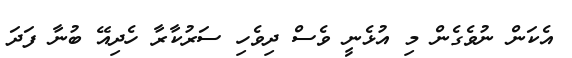
އެކަން ނުވެގެން މި އުޅެނީ ވެސް ދިވެހި ސަރުކާރާ ހެދިއޭ ބުނާ ފަދަ